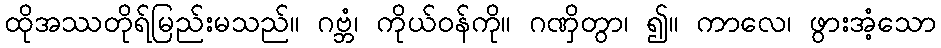
ထိုအဿတိုရ်မြည်းမသည်။ ဂဗ္ဘံ၊ ကိုယ်ဝန်ကို။ ဂဏှိတွာ၊ ၍။ ကာလေ၊ ဖွားအံ့သော